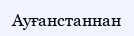
Ауғанстаннан